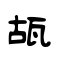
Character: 瓳